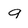
Character: 9